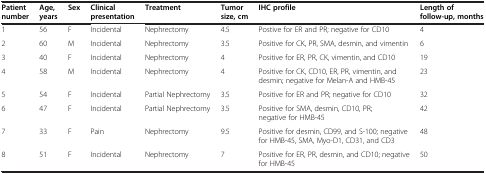
<table><thead><tr><td><b>Patient number</b></td><td><b>Age, years</b></td><td><b>Sex</b></td><td><b>Clinical presentation</b></td><td><b>Treatment</b></td><td><b>Tumor size, cm</b></td><td><b>IHC profile</b></td><td><b>Length of follow-up, months</b></td></tr></thead><tbody><tr><td>1</td><td>56</td><td>F</td><td>Incidental</td><td>Nephrectomy</td><td>4.5</td><td>Postive for ER and PR; negative for CD10</td><td>4</td></tr><tr><td>2</td><td>60</td><td>M</td><td>Incidental</td><td>Nephrectomy</td><td>3.5</td><td>Positive for CK, PR, SMA, desmin, and vimentin</td><td>6</td></tr><tr><td>3</td><td>40</td><td>F</td><td>Incidental</td><td>Nephrectomy</td><td>4</td><td>Positive for ER, PR, CK, vimentin, and CD10</td><td>19</td></tr><tr><td>4</td><td>58</td><td>M</td><td>Incidental</td><td>Nephrectomy</td><td>4</td><td>Positive for CK, CD10, ER, PR, vimentin, and desmin; negative for Melan-A and HMB-45</td><td>23</td></tr><tr><td>5</td><td>54</td><td>F</td><td>Incidental</td><td>Partial Nephrectomy</td><td>3.5</td><td>Positive for ER and PR; negative for CD10</td><td>32</td></tr><tr><td>6</td><td>47</td><td>F</td><td>Incidental</td><td>Partial Nephrectomy</td><td>3.5</td><td>Positive for SMA, desmin, CD10, PR; negative for HMB-45</td><td>42</td></tr><tr><td>7</td><td>33</td><td>F</td><td>Pain</td><td>Nephrectomy</td><td>9.5</td><td>Positive for desmin, CD99, and S-100; negative for HMB-45, SMA, Myo-D1, CD31, and CD3</td><td>48</td></tr><tr><td>8</td><td>51</td><td>F</td><td>Incidental</td><td>Nephrectomy</td><td>7</td><td>Positive for ER, PR, desmin, and CD10; negative for HMB-45</td><td>50</td></tr></tbody></table>